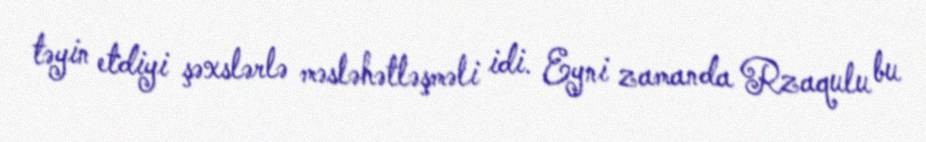
təyin etdiyi şəxslərlə məsləhətləşməli idi. Eyni zamanda Rzaqulu bu